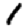
Digit: 1